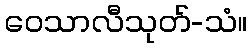
ဝေသာလီသုတ်-သံ။